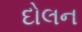
દોલન